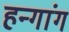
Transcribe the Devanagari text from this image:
हन्गांग